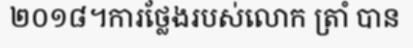
២០១៨។ការថ្លែងរបស់លោក ត្រាំ បាន